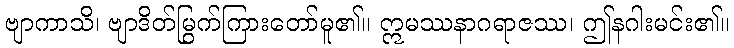
ဗျာကာသိ၊ ဗျာဒိတ်မြွက်ကြားတော်မူ၏။ ဣမဿနာဂရာဇဿ၊ ဤနဂါးမင်း၏။